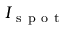
I _ { \mathrm { ~ s ~ p ~ o ~ t ~ } }